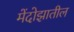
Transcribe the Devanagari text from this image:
मेंदोझातील